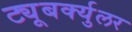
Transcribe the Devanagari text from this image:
ट्यूबर्क्युलर